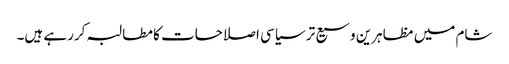
شام میں مظاہرین وسیع تر سیاسی اصلاحات کا مطالبہ کررہے ہیں۔